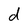
Character: d